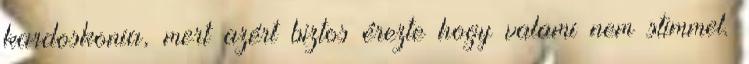
kardoskonia, mert azért biztos érezte hogy valami nem stimmel.